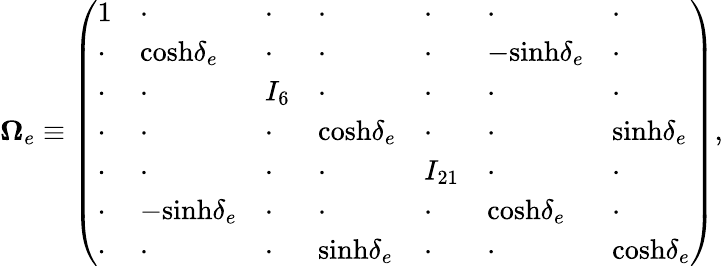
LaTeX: {\mathbf\Omega}_{e}\equiv\left(\begin{array}{lllllll}{{1}}&{{\cdot}}&{{\cdot}}&{{\cdot}}&{{\cdot}}&{{\cdot}}&{{\cdot}}\\ {{\cdot}}&{{\mathrm{cosh}\delta_{e}}}&{{\cdot}}&{{\cdot}}&{{\cdot}}&{{-\mathrm{sinh}\delta_{e}}}&{{\cdot}}\\ {{\cdot}}&{{\cdot}}&{{I_{6}}}&{{\cdot}}&{{\cdot}}&{{\cdot}}&{{\cdot}}\\ {{\cdot}}&{{\cdot}}&{{\cdot}}&{{\mathrm{cosh}\delta_{e}}}&{{\cdot}}&{{\cdot}}&{{\mathrm{sinh}\delta_{e}}}\\ {{\cdot}}&{{\cdot}}&{{\cdot}}&{{\cdot}}&{{I_{21}}}&{{\cdot}}&{{\cdot}}\\ {{\cdot}}&{{-\mathrm{sinh}\delta_{e}}}&{{\cdot}}&{{\cdot}}&{{\cdot}}&{{\mathrm{cosh}\delta_{e}}}&{{\cdot}}\\ {{\cdot}}&{{\cdot}}&{{\cdot}}&{{\mathrm{sinh}\delta_{e}}}&{{\cdot}}&{{\cdot}}&{{\mathrm{cosh}\delta_{e}}}\end{array}\right),